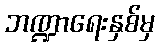
ဘဏ္ဍာရေးနှစ်မှ